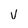
Character: v